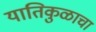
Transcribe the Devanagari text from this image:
यातिकुळाचा